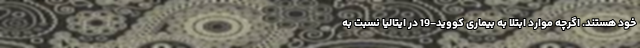
خود هستند. اگرچه موارد ابتلا به بیماری کووید-19 در ایتالیا نسبت به